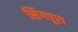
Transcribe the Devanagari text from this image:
सिंगपुरा